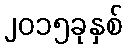
၂၀၁၅ခုနှစ်